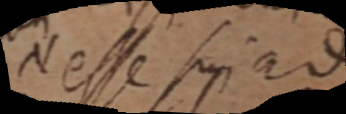
N esse sui ad